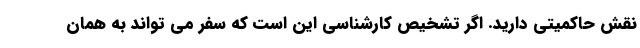
نقش حاکمیتی دارید. اگر تشخیص کارشناسی این است که سفر می تواند به همان